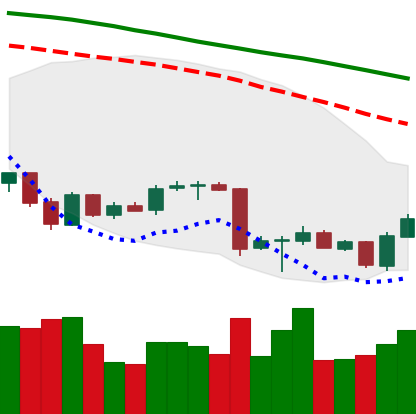
Ticker: BTC-USD
Chart end date: 2018-06-30
Forward return: 3.672%
Label: up_3_5